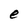
Character: e